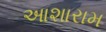
આશારામ